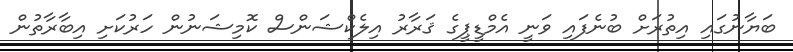
ބަޔާނުގައި އިތުރަށް ބުނެފައި ވަނީ އެމްޑީޕީގެ ޤަރާރު އިލެކްޝަންސް ކޮމިޝަނުން ހަރުކަށި އިބާރާތުން